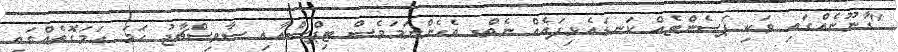
"ގާނޫނެއްގައި ވަކި ޕަސެންޓެއް ކަނޑައެޅިފައެއް ނެތް. އެހެންނަމަވެސް ޓިޕްސްއާއި ސާވިސްޗާޖު ހަމަ ހަމަގޮތެއްގައި